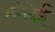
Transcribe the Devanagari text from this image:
अमेदेई